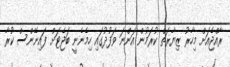
ރާއްޖެއަށް މިހާރު ޒިޔާރަތް ކުރަމުން އަންނަ ވަފުދުގައި ހިމެނެނީ ބަޖެޓަށް ފައިނޭންސް ކުރާ